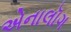
એનાલૉગ